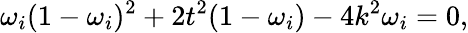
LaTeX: \omega_{i}(1-\omega_{i})^{2}+2t^{2}(1-\omega_{i})-4k^{2}\omega_{i}=0,